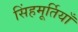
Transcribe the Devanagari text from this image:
सिंहमूर्तियाँ